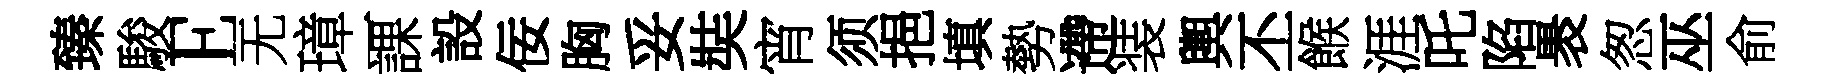
臻駿E无璋一課設佞胸妥奘宵须挹填勢遰装輿丕餱涯吒陷褁怱巫俞